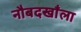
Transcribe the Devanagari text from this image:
नौबदखाँला